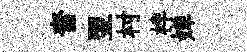
奮翌村柈婵